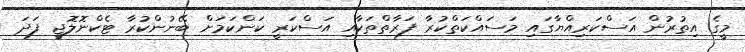
މީގެ އިތުރުން އަސްކަރިއްޔާގައި މަސައްކަތްކުރާ ފަރާތްތަކާއި އަސްކަރީ ކަންކަމަށް ބޭނުންކުރާ ޓެކްނޮލޮޖީ ފަދަ